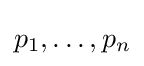
p_{1},\ldots ,p_{n}